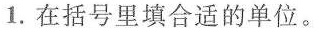
1.在括号里填合适的单位。